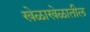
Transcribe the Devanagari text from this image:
खेळाखेळातील